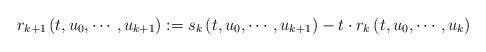
LaTeX: \begin{align*} r_{k+1}\left(t,u_0,\cdots,u_{k+1}\right) &:= s_k\left( t,u_0,\cdots,u_{k+1}\right) - t \cdot r_k\left( t,u_0,\cdots,u_k\right)\end{align*}